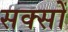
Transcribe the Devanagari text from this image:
सक्सों